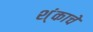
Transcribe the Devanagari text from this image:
श्ंकाचे